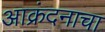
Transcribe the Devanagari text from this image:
आक्रंदनाचा